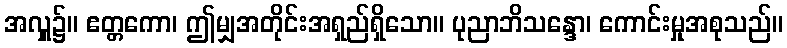
အလှူ၌။ ဧတ္တကော၊ ဤမျှအတိုင်းအရှည်ရှိသော။ ပုညာဘိသန္ဒော၊ ကောင်းမှုအစုသည်။